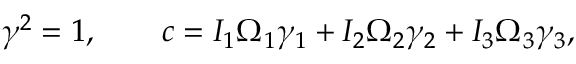
\begin{array} { r } { { \boldsymbol \gamma } ^ { 2 } = 1 , \qquad c = I _ { 1 } \Omega _ { 1 } \gamma _ { 1 } + I _ { 2 } \Omega _ { 2 } \gamma _ { 2 } + I _ { 3 } \Omega _ { 3 } \gamma _ { 3 } , } \end{array}